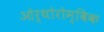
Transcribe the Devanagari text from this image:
ओर्थोरोम्बिक